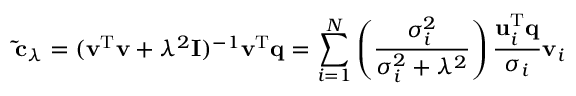
\mathbf { \tilde { c } } _ { \lambda } = ( \mathbf { v } ^ { \mathrm { T } } \mathbf { v } + \lambda ^ { 2 } \mathbf { I } ) ^ { - 1 } \mathbf { v } ^ { \mathrm { T } } \mathbf { q } = \sum _ { i = 1 } ^ { N } \left( \frac { \sigma _ { i } ^ { 2 } } { \sigma _ { i } ^ { 2 } + \lambda ^ { 2 } } \right) \frac { \mathbf { u } _ { i } ^ { \mathrm { T } } \mathbf { q } } { \sigma _ { i } } \mathbf { v } _ { i }